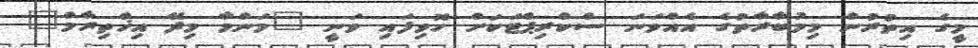
މީގެ އިތުރުން މިމުބާރާތުގެ އެއްވަނަ ސްކްރިޕްޓަކަށް ހޮވިފައި ވަނީ "މަންމާ މިދޭ އިޚްތިރާމް"